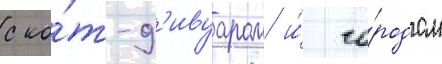
с ко́т-д'ивуаром и́ го́родом